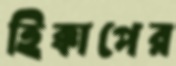
হিক্কাপের